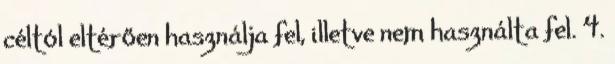
céltól eltérően használja fel, illetve nem használta fel. 4.